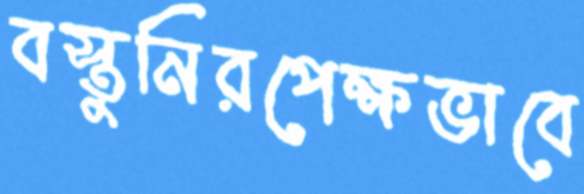
বস্তুনিরপেক্ষভাবে